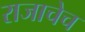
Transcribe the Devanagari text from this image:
राजाचेच